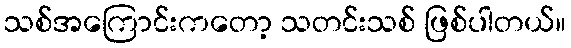
သစ်အကြောင်းကတော့ သတင်းသစ် ဖြစ်ပါတယ်။